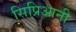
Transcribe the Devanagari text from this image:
सिप्रिआनी